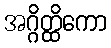
အဂ္ဂိတ္ထိကော